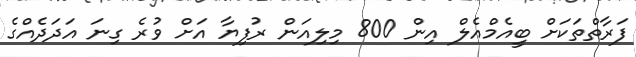
ފަރާތްތަކަށް ބީއެމްއެލް އިން 800 މިލިއަން ރުފިޔާ އަށް ވުރެ ގިނަ އަދަދެއްގެ